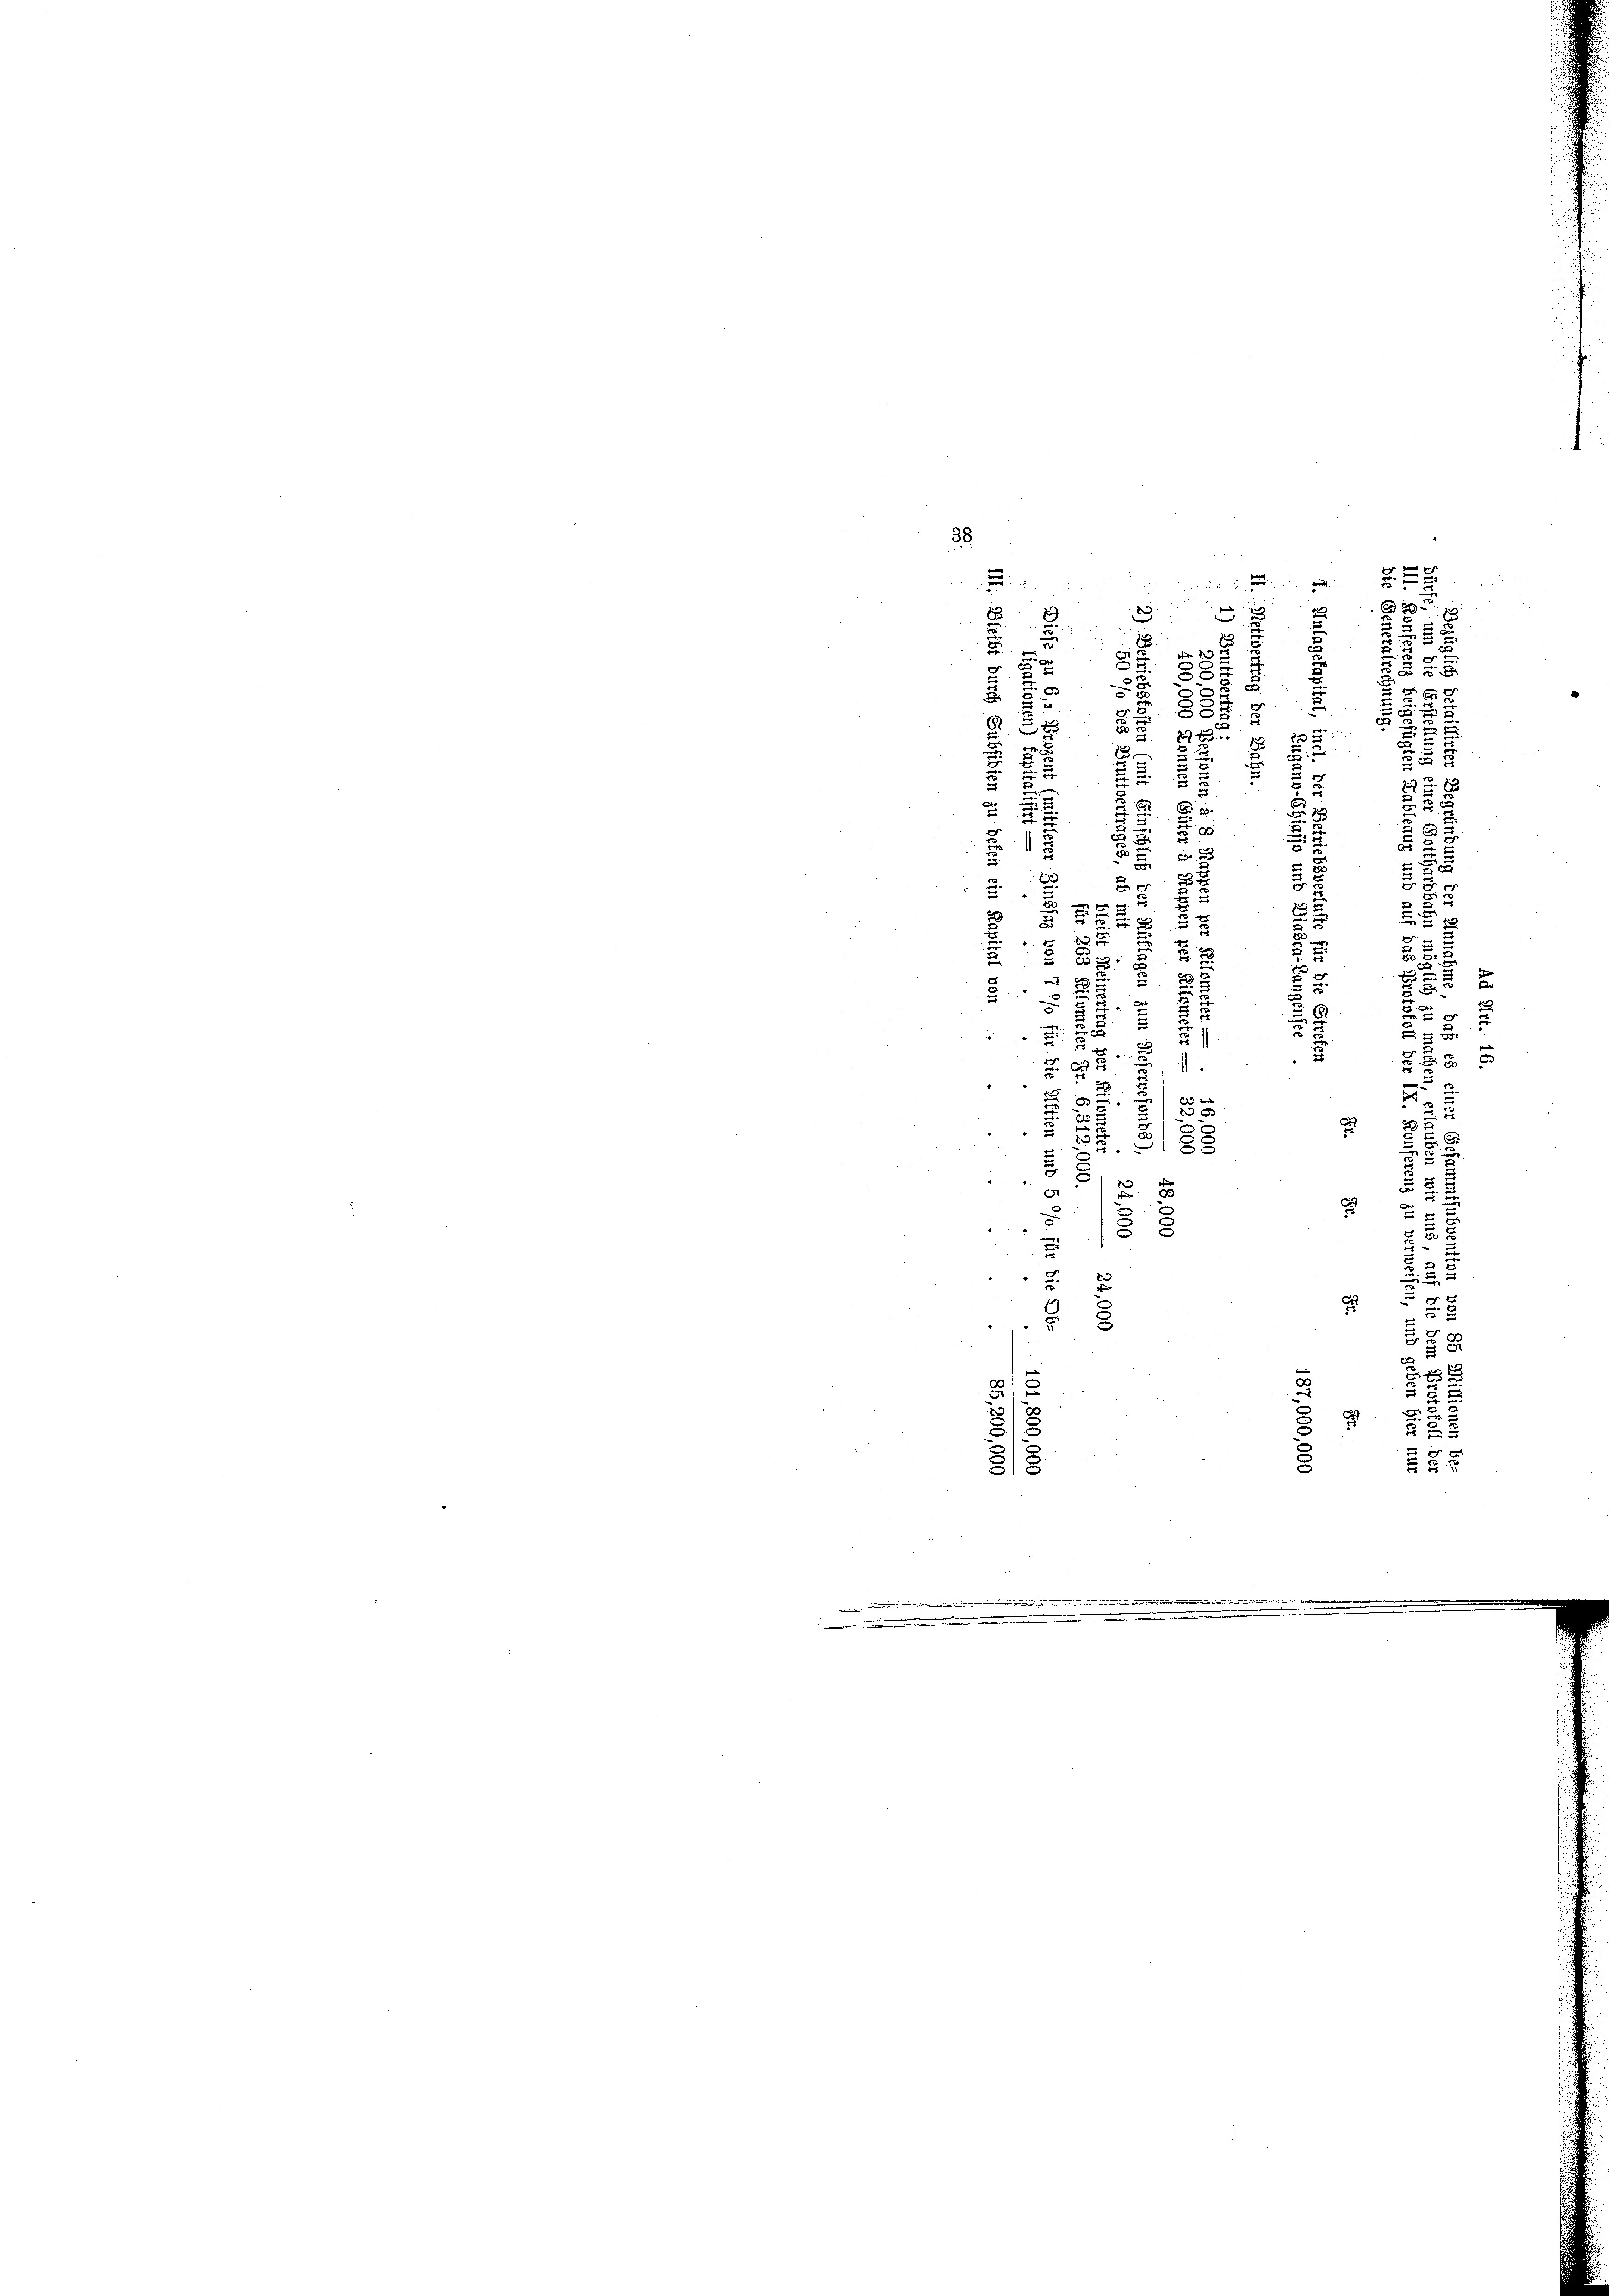
38

¬
52

12
e
u

e
a
 x
n
.
c
21515
2
n
3.
i
n
e
2
.
.
D
S
.

 x
u
2

.
F
.
2
d
7
2
d
.

e
15
.
x

x
E
 2
u
x
e
E
2
d
e
22
e
u
.
u
.
2
e

B
d

2
x
2
p
1
2
e
e
a
25
2
e
.
2
e
u
u
5
u
e
r

e
2
2
1
22 x
5
2
x
2
.
.
.
"
e
x
u

10x
2

c
A
d
8
2
18
e
r

r
e

e
2
s
2
d
5
2
§ § 5
S1

d
3
h

e
3.
88
d
u
x
5

27
r

i